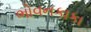
ભોવનકાકા